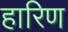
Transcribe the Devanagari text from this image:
हारिण